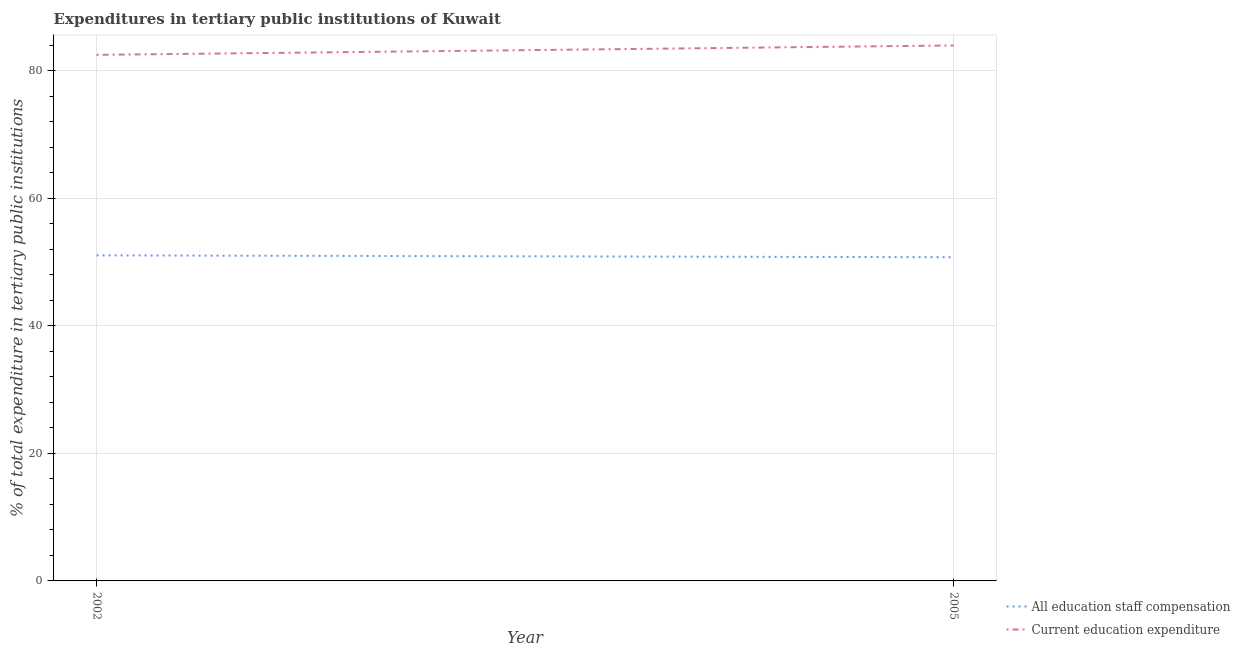
| Year | All education staff compensation | Current education expenditure |
 | --- | --- | --- |
 | 2002 | 51.1 | 82.5 |
 | 2005 | 50.8 | 84 |